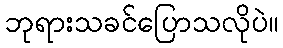
ဘုရားသခင်ပြောသလိုပဲ။